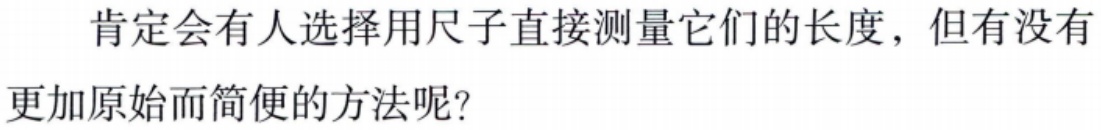
肯定会有人选择用尺子直接测量它们的长度，但有没有更加原始而简便的方法呢?